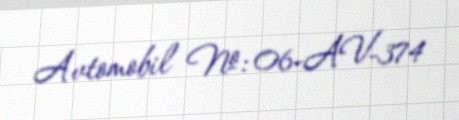
Avtomobil №: 06-AV-374